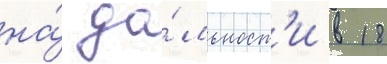
на́ да́льност'и в 18